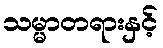
သမ္မာတရားနှင့်